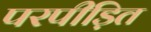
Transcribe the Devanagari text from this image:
परपीड़ित